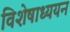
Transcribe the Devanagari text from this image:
विशेषाध्ययन